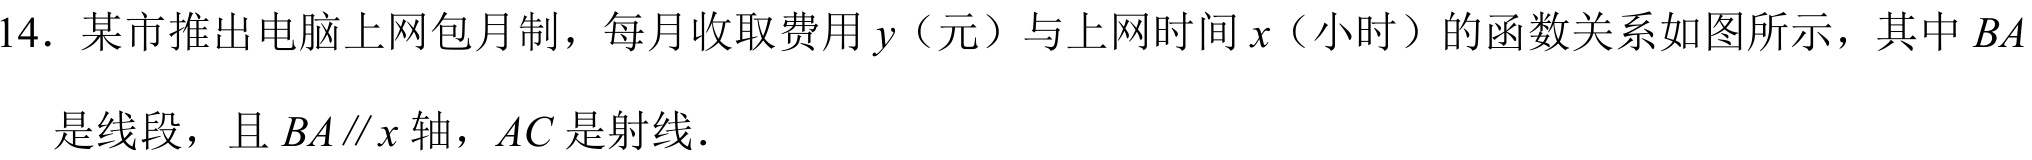
14. 某市推出电脑上网包月制，每月收取费用\(y\)（元）与上网时间\(x\)（小时）的函数关系如图所示，其中\(BA\)
是线段，且\(BA\parallel x\)轴，\(AC\)是射线．